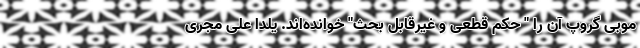
موبی گروپ آن را " حکم قطعی و غیرقابل بحث" خوانده‌اند. یلدا علی مجری